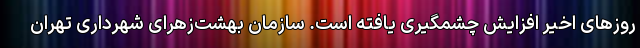
روزهای اخیر افزایش چشمگیری یافته است. سازمان بهشت‌زهرای شهرداری تهران